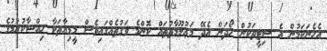
އެހެނަކަމުން އެ ސިޓީތަކުން ހޯދަން އެދޭ މަޢުލޫމާތުތައް ކޮންމެ ވަގުތެއްގައިވެސް މީޑިއާތަކާ ހިއްސާކުރުމުގެ